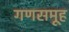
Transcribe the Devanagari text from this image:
गणसमूह